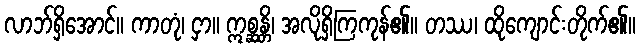
လာဘ်ရှိအောင်။ ကာတုံ၊ ငှာ။ ဣစ္ဆန္တိ၊ အလိုရှိကြကုန်၏။ တဿ၊ ထိုကျောင်းတိုက်၏။